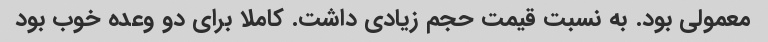
معمولی بود. به نسبت قیمت حجم زیادی داشت. کاملا برای دو وعده خوب بود